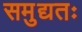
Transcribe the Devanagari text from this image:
समुद्यतः